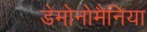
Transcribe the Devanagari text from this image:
डेमोनोमैनिया